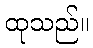
ထုသည်။